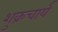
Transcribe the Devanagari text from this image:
शुक्रचार्य